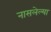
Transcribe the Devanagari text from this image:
नासलेल्या